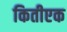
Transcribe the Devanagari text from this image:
कितीएक